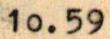
10.59